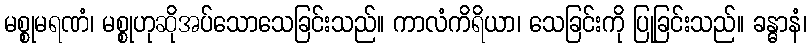
မစ္စုမရဏံ၊ မစ္စုဟုဆိုအပ်သောသေခြင်းသည်။ ကာလံကိရိယာ၊ သေခြင်းကို ပြုခြင်းသည်။ ခန္ဓာနံ၊